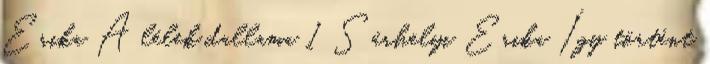
Erika A lélek dallama 1 Sárhelyi Erika Így történt